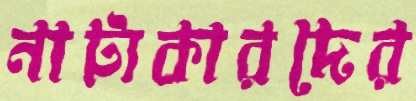
নাট্যকারদের